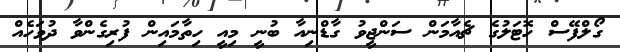
ގޯލްފޭސް ހޮޓަލުގެ ޗެއާމަން ސަންޖީވު ގާޑްނިއާ ބުނީ މިއީ ހިތާމައިން ފުރިގެންވާ ދުވަހެއް